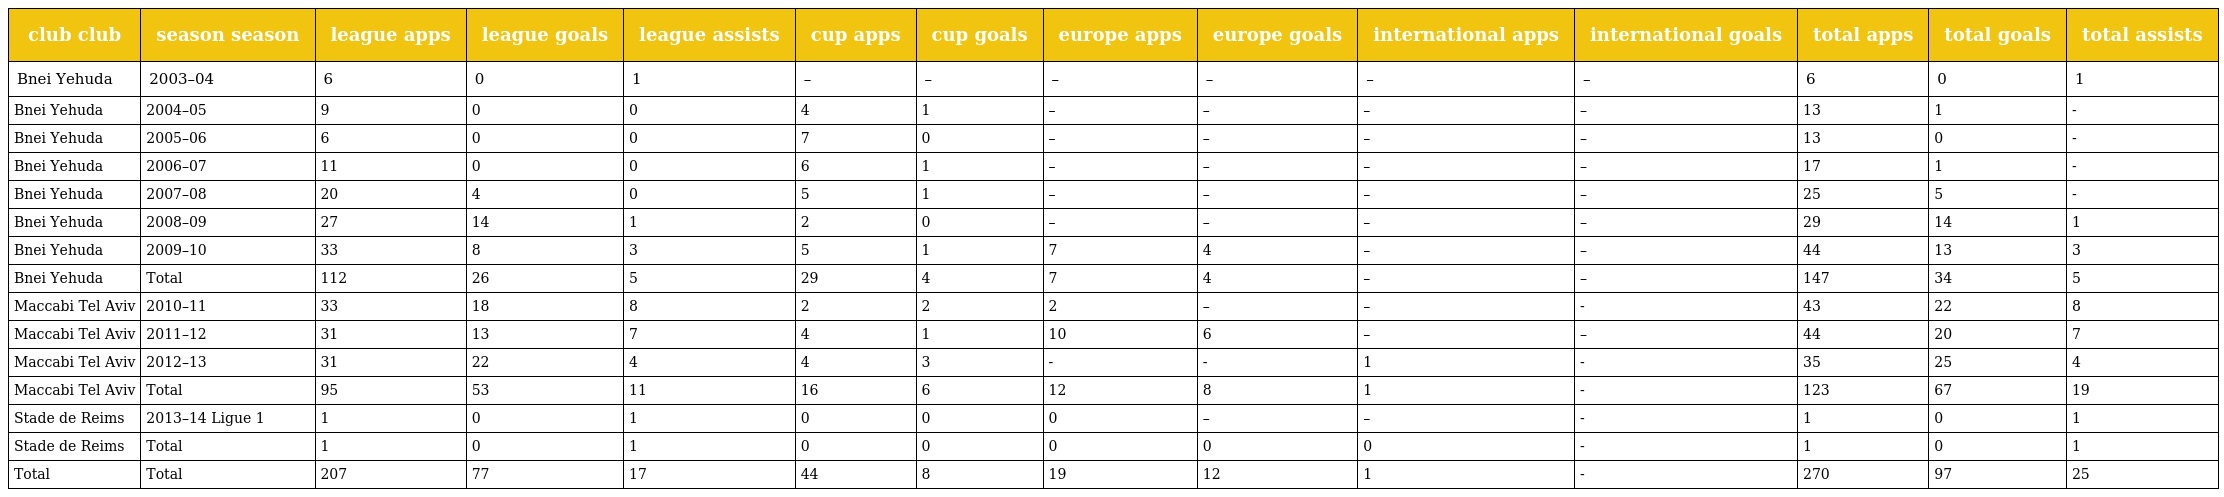
| club club | season season | league apps | league goals | league assists | cup apps | cup goals | europe apps | europe goals | international apps | international goals | total apps | total goals | total assists |
 | --- | --- | --- | --- | --- | --- | --- | --- | --- | --- | --- | --- | --- | --- |
 | Bnei Yehuda | 2003–04 | 6 | 0 | 1 | – | – | – | – | – | – | 6 | 0 | 1 |
 | Bnei Yehuda | 2004–05 | 9 | 0 | 0 | 4 | 1 | – | – | – | – | 13 | 1 | - |
 | Bnei Yehuda | 2005–06 | 6 | 0 | 0 | 7 | 0 | – | – | – | – | 13 | 0 | - |
 | Bnei Yehuda | 2006–07 | 11 | 0 | 0 | 6 | 1 | – | – | – | – | 17 | 1 | - |
 | Bnei Yehuda | 2007–08 | 20 | 4 | 0 | 5 | 1 | – | – | – | – | 25 | 5 | - |
 | Bnei Yehuda | 2008–09 | 27 | 14 | 1 | 2 | 0 | – | – | – | – | 29 | 14 | 1 |
 | Bnei Yehuda | 2009–10 | 33 | 8 | 3 | 5 | 1 | 7 | 4 | – | – | 44 | 13 | 3 |
 | Bnei Yehuda | Total | 112 | 26 | 5 | 29 | 4 | 7 | 4 | – | – | 147 | 34 | 5 |
 | Maccabi Tel Aviv | 2010–11 | 33 | 18 | 8 | 2 | 2 | 2 | – | – | - | 43 | 22 | 8 |
 | Maccabi Tel Aviv | 2011–12 | 31 | 13 | 7 | 4 | 1 | 10 | 6 | – | – | 44 | 20 | 7 |
 | Maccabi Tel Aviv | 2012–13 | 31 | 22 | 4 | 4 | 3 | - | - | 1 | - | 35 | 25 | 4 |
 | Maccabi Tel Aviv | Total | 95 | 53 | 11 | 16 | 6 | 12 | 8 | 1 | - | 123 | 67 | 19 |
 | Stade de Reims | 2013–14 Ligue 1 | 1 | 0 | 1 | 0 | 0 | 0 | – | – | - | 1 | 0 | 1 |
 | Stade de Reims | Total | 1 | 0 | 1 | 0 | 0 | 0 | 0 | 0 | - | 1 | 0 | 1 |
 | Total | Total | 207 | 77 | 17 | 44 | 8 | 19 | 12 | 1 | - | 270 | 97 | 25 |